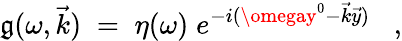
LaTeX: \mathfrak{g}(\omega,\vec{{k}})\; =\; \eta(\omega)\; e^{-i(\omegay^{0}-\vec{{k}}\vec{{y}})}\; \; \; ,